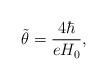
LaTeX: \begin{align*}{\tilde \theta} = \frac{4\hbar}{e H_0} , \end{align*}